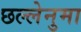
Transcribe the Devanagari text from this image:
छल्लेनुमा